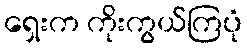
ရှေးက ကိုးကွယ်ကြပုံ